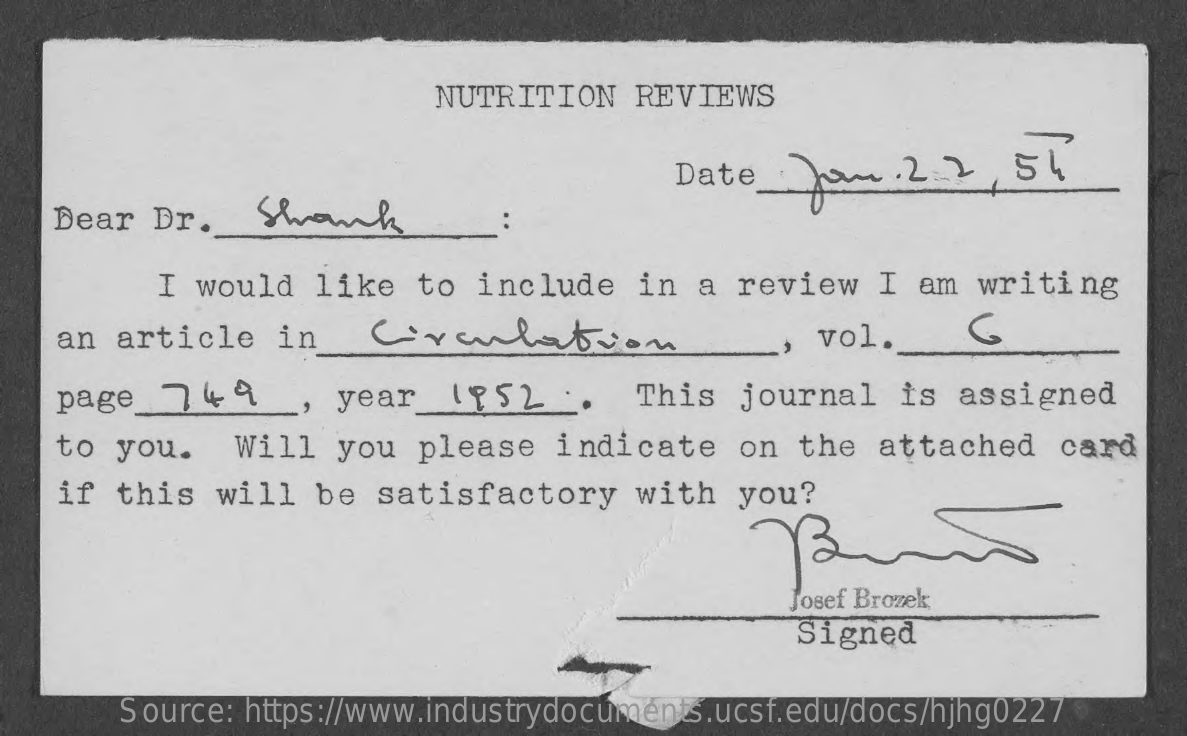
NUTRITION   REVIEWS
     Date  Nom    . 2.2 , 56
   Dear  Dr.    Shounk
     I would   like  to  include   in  a review   I  am writing
    an article    in   Crelbien    vol.
    page   749    , year   (psl    ..  This  journal   is  assigned
    to you.    Will  you  please   indicate   on  the  attached   card
    if this   will  be  satisfactory    with  you?
     Josef Brozek
     Signed
     Source: https://www.industrydocuments.ucsf.edu/docs/hjhg0227